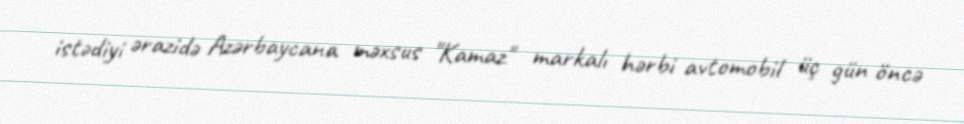
istədiyi ərazidə Azərbaycana məxsus "Kamaz" markalı hərbi avtomobil üç gün öncə